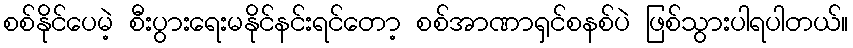
စစ်နိုင်ပေမဲ့ စီးပွားရေးမနိုင်နင်းရင်တော့ စစ်အာဏာရှင်စနစ်ပဲ ဖြစ်သွားပါရပါတယ်။